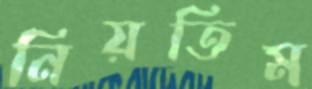
নিয়তিম